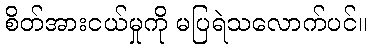
စိတ်အားငယ်မှုကို မပြရဲသလောက်ပင်။